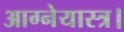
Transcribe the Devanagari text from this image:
आग्नेयास्त्र।